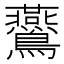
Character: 𪈏